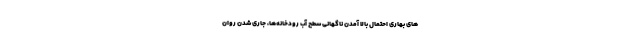
های بهاری احتمال بالا آمدن ناگهانی سطح آب رودخانه‌ها، جاری شدن روان